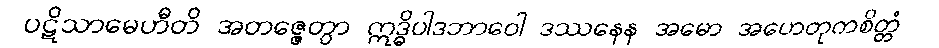
ပဋိသာမေဟီတိ အတဇ္ဇေတွာ ဣဒ္ဓိပါဒဘာဝေါ ဒဿနေန အမော အဟေတုကစိတ္တံ